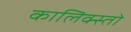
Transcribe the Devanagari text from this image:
कालिक्स्तो